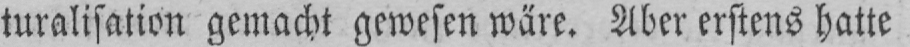
turalisation gemacht gewesen wäre. Aber erstens hatte